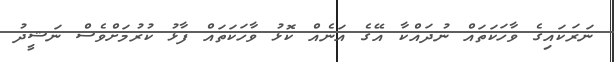
ނަރަކައިގެ ވާހަކަތައް ނުދައްކާ އޭގެ އަނެއް ކޮޅު ވާހަކަތައް ފާޅު ކުރުމަށްވެސް ނަޝީދު